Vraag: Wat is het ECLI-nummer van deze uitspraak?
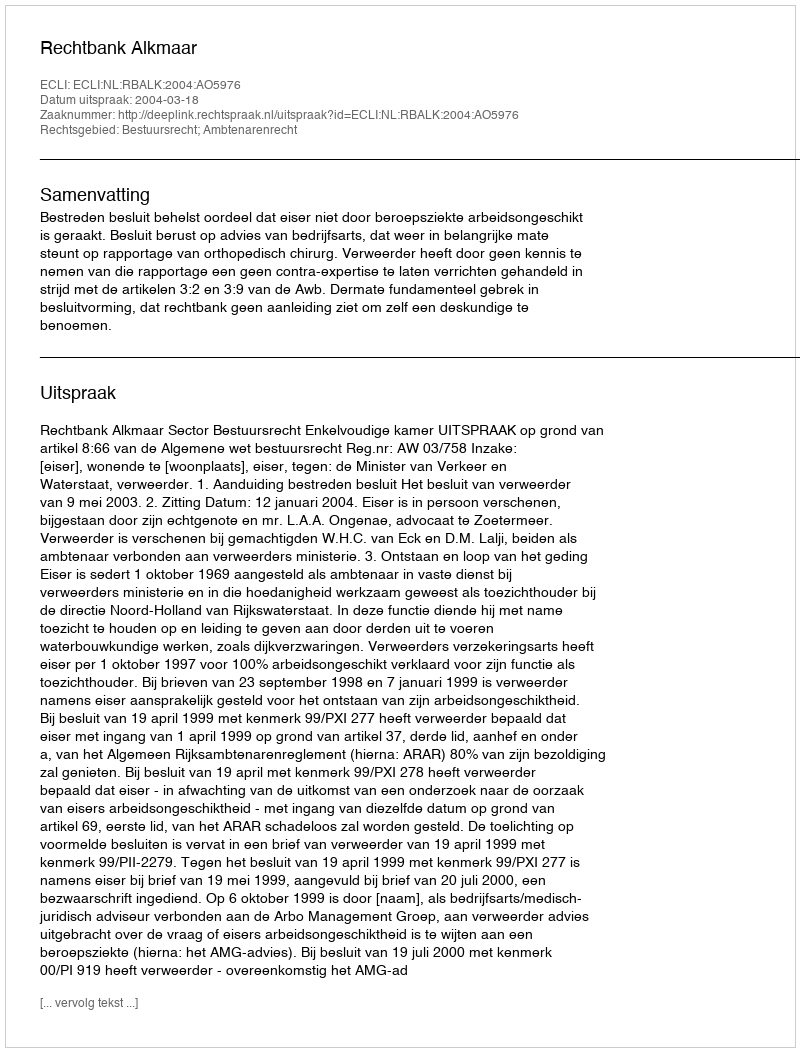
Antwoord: ECLI:NL:RBALK:2004:AO5976